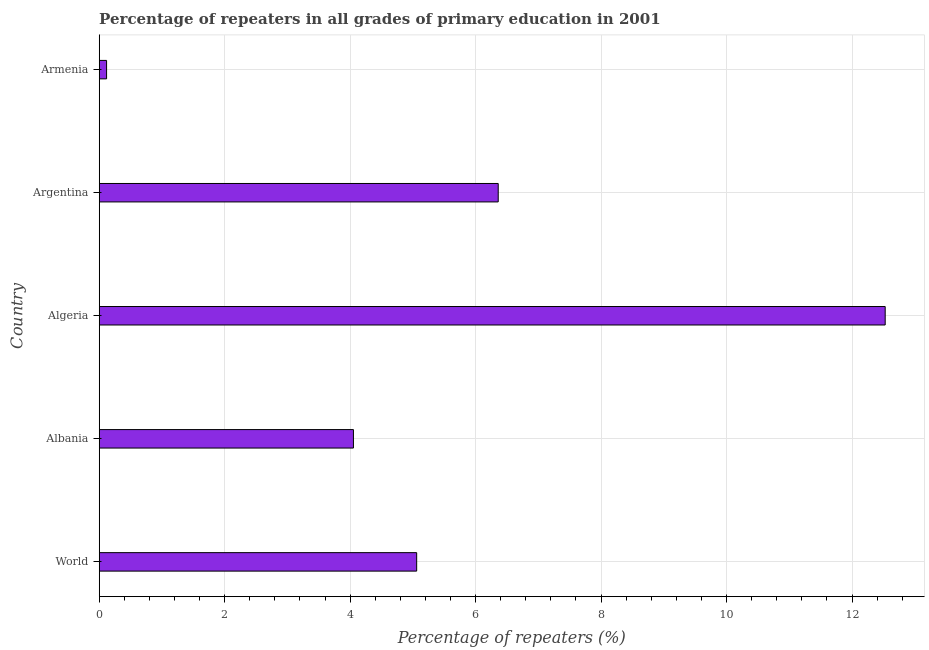
| Country | Repeaters in primary education |
 | --- | --- |
 | World | 5.06 |
 | Albania | 4.05 |
 | Algeria | 12.5 |
 | Argentina | 6.36 |
 | Armenia | 0.117 |